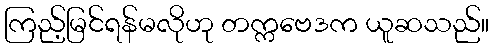
ကြည့်မြင်ရန်မလိုဟု တက္ကဗေဒက ယူဆသည်။